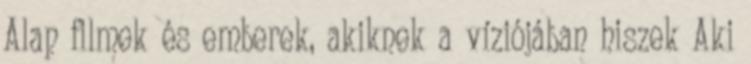
Alap filmek és emberek, akiknek a víziójában hiszek Aki